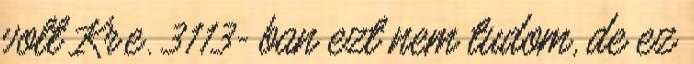
volt Kr.e. 3113- ban ezt nem tudom, de ez